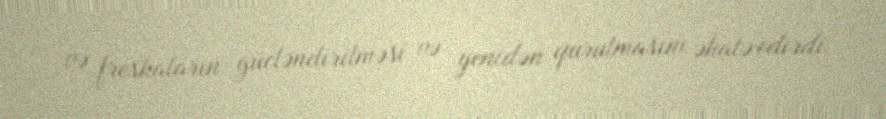
və freskaların gücləndirilməsi və yenidən qurulmasını əhatə edirdi.